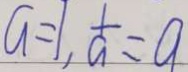
a = 1 , \frac { 1 } { a } = a